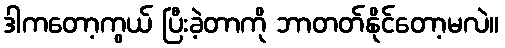
ဒါကတော့ကွယ် ပြီးခဲ့တာကို ဘာတတ်နိုင်တော့မလဲ။